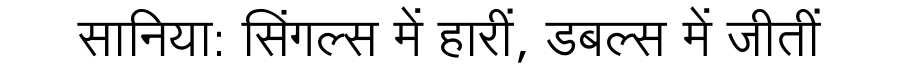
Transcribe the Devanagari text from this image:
सानिया: सिंगल्स में हारीं, डबल्स में जीतीं